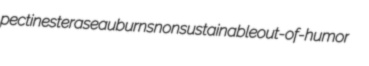
pectinesterase auburns nonsustainable out-of-humor